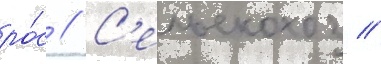
ро́с // С'ельскохоз //